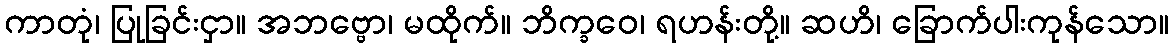
ကာတုံ၊ ပြုခြင်းငှာ။ အဘဗ္ဗော၊ မထိုက်။ ဘိက္ခဝေ၊ ရဟန်းတို့။ ဆဟိ၊ ခြောက်ပါးကုန်သော။